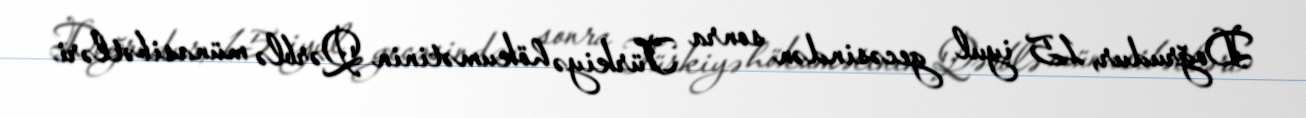
Doğrudur, 15 iyul gecəsindən sonra Türkiyə hökumətinin Qərblə münasibətləri